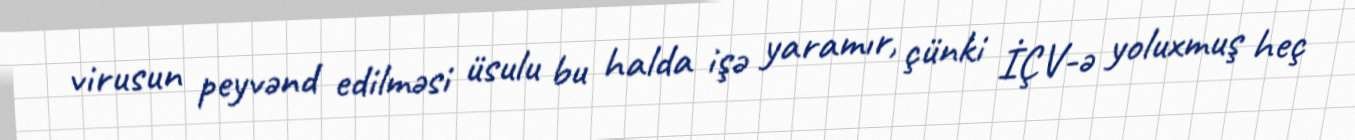
virusun peyvənd edilməsi üsulu bu halda işə yaramır, çünki İÇV-ə yoluxmuş heç